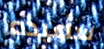
سأعيده